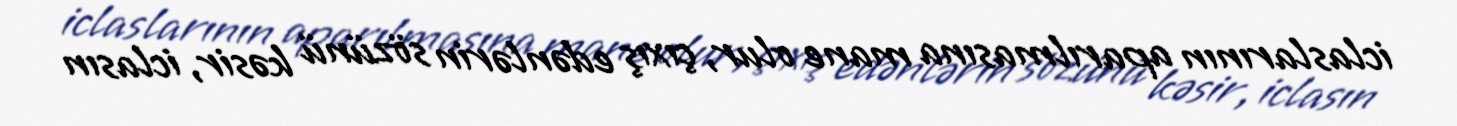
iclaslarının aparılmasına mane olur, çıxış edənlərin sözünü kəsir, iclasın